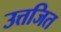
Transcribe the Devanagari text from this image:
उत्तजित